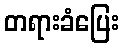
တရားခံပြေး